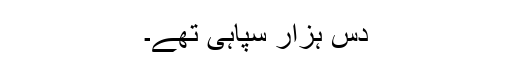
دس ہزار سپاہی تھے۔